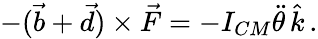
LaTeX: \begin{array}{r}{-(\vec{b}+\vec{d})\times\vec{F}=-I_{CM}\ddot{\theta}\, \hat{k}\, .}\end{array}